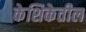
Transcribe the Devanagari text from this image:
केशिकेतील